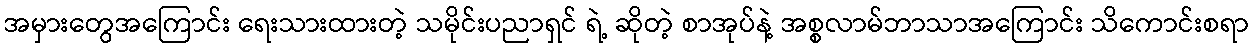
အမှားတွေအကြောင်း ရေးသားထားတဲ့ သမိုင်းပညာရှင် ရဲ့ ဆိုတဲ့ စာအုပ်နဲ့ အစ္စလာမ်ဘာသာအကြောင်း သိကောင်းစရာ